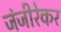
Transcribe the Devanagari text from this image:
जंजीरेकर